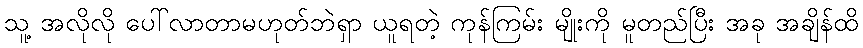
သူ့ အလိုလို ပေါ်လာတာမဟုတ်ဘဲရှာ ယူရတဲ့ ကုန်ကြမ်း မျိုးကို မူတည်ပြီး အခု အချိန်ထိ